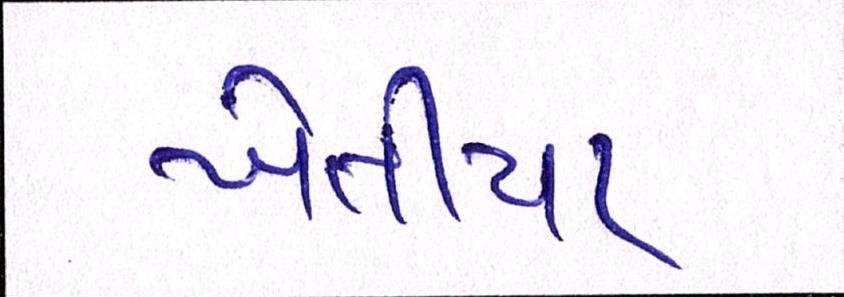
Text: ખેતીયા